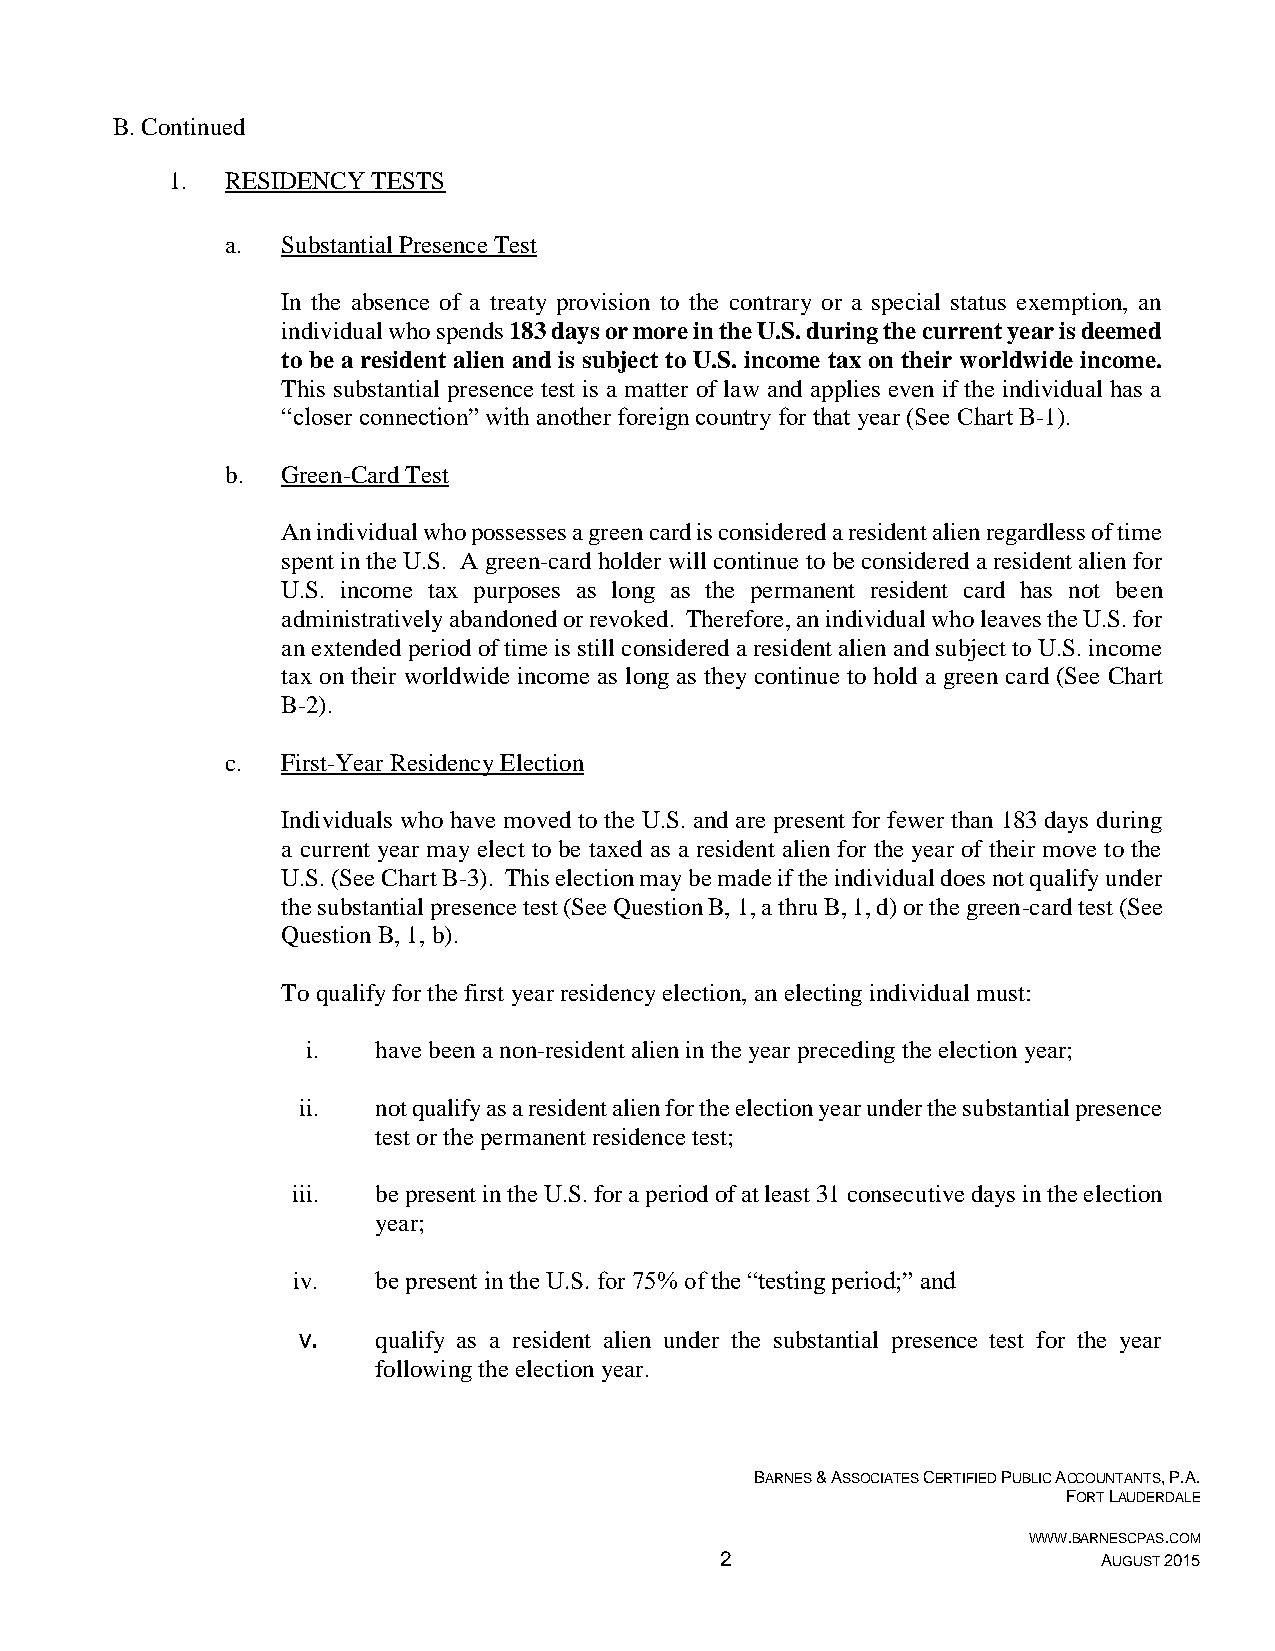
B. Continued
 1.  RESIDENCY TESTS
 a.  Substantial Presence Test
 In the absence of a treaty provision to the contrary or a special status exemption, an
 individual who spends 183 days or more in the U.S. during the current year is deemed
 to be a resident alien and is subject to U.S. income tax on their worldwide income.
 This substantial presence test is a matter of law and applies even if the individual has a
 “closer connection” with another foreign country for that year (See Chart B-1).
 b.  Green-Card Test
 An individual who possesses a green card is considered a resident alien regardless of time
 spent in the U.S. A green-card holder will continue to be considered a resident alien for
 U.S. income tax purposes as long as the permanent resident card has not been
 administratively abandoned or revoked. Therefore, an individual who leaves the U.S. for
 an extended period of time is still considered a resident alien and subject to U.S. income
 tax on their worldwide income as long as they continue to hold a green card (See Chart
 B-2).
 c.  First-Year Residency Election
 Individuals who have moved to the U.S. and are present for fewer than 183 days during
 a current year may elect to be taxed as a resident alien for the year of their move to the
 U.S. (See Chart B-3). This election may be made if the individual does not qualify under
 the substantial presence test (See Question B, 1, a thru B, 1, d) or the green-card test (See
 Question B, 1, b).
 To qualify for the first year residency election, an electing individual must:
 i.   have been a non-resident alien in the year preceding the election year;
 ii.  not qualify as a resident alien for the election year under the substantial presence
 test or the permanent residence test;
 iii.  be present in the U.S. for a period of at least 31 consecutive days in the election
 year;
 iv.   be present in the U.S. for 75% of the “testing period;” and
 v.   qualify as a resident alien under the substantial presence test for the year
 following the election year.
 BARNES & ASSOCIATES CERTIFIED PUBLIC ACCOUNTANTS, P.A.
 FORT LAUDERDALE
 WWW.BARNESCPAS.COM
 2                        AUGUST 2015